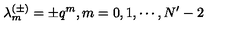
\lambda _ { m } ^ { ( \pm ) } = \pm q ^ { m } , m = 0 , 1 , \cdots , N ^ { \prime } - 2